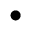
\bullet